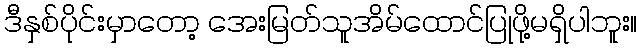
ဒီနှစ်ပိုင်းမှာတော့ အေးမြတ်သူအိမ်ထောင်ပြုဖို့မရှိပါဘူး။